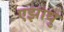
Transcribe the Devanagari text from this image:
एझाथु